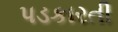
પડકારતી